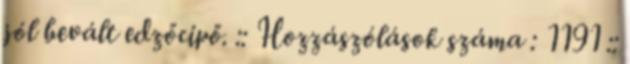
jól bevált edzőcipő. :: Hozzászólások száma : 1191 ::